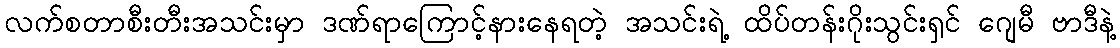
လက်စတာစီးတီးအသင်းမှာ ဒဏ်ရာကြောင့်နားနေရတဲ့ အသင်းရဲ့ ထိပ်တန်းဂိုးသွင်းရှင် ဂျေမီ ဗာဒီနဲ့